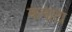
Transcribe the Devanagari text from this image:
कनाटा